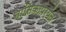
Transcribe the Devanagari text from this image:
नासिकापर्यंत